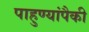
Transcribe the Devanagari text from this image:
पाहुण्यांपैकी